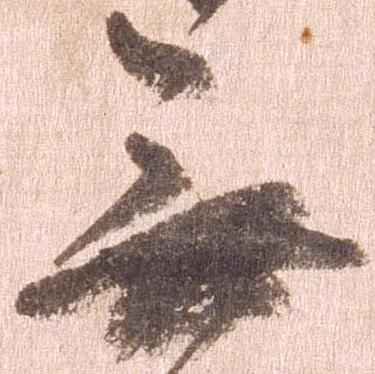
無